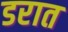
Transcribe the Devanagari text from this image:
डरात